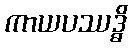
ကာယပဿဒ္ဓိ